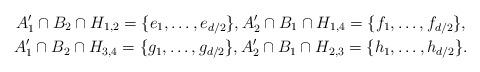
LaTeX: \begin{gather*}A'_1\cap B_2\cap H_{1,2}=\{e_1,\dots,e_{d/2}\},A'_2\cap B_1\cap H_{1,4}=\{f_1,\dots,f_{d/2}\},\\ A'_1\cap B_2\cap H_{3,4}=\{g_1,\dots,g_{d/2}\},A'_2\cap B_1\cap H_{2,3}=\{h_1,\dots,h_{d/2}\}.\end{gather*}